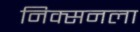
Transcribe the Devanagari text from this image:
निक्सनला